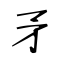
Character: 矛